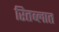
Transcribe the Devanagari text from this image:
रितब्लात